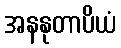
အနနုတာပိယံ